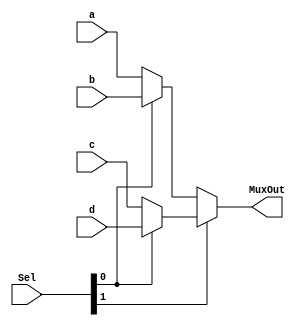
/**
 * @file    lab6.v
 * @author  Jesus Minjares
 * @date    2022-03-25
 * @brief   
 */
`timescale 1ns / 1ps

//Mux 
module Mux(
    input [1:0] Sel,
    input [7:0] a,
    input [7:0] b,
    input [7:0] c,
    input [7:0] d,
    output [7:0] MuxOut 
    );
    assign MuxOut = Sel[1] ? (Sel[0] ?  d : c ) : (Sel[0] ?  b : a) ;
endmodule

//D-Flip-Flop
module DFlipFlop(
    input D, Clk,
    output reg Q
    );
    initial
        Q = 0;
    always @ (posedge Clk)
    begin   
        Q <= D;
    end
endmodule

// Register
module Reg(

    input [7:0]A,
    input Clk,
    output [7:0]D
    
    );
   //instantiate dff
   DFlipFlop dff0(.D(A[0]), .Clk(Clk), .Q(D[0]));
   DFlipFlop dff1(.D(A[1]), .Clk(Clk), .Q(D[1]));
   DFlipFlop dff2(.D(A[2]), .Clk(Clk), .Q(D[2]));
   DFlipFlop dff3(.D(A[3]), .Clk(Clk), .Q(D[3]));
   DFlipFlop dff4(.D(A[4]), .Clk(Clk), .Q(D[4]));
   DFlipFlop dff5(.D(A[5]), .Clk(Clk), .Q(D[5]));
   DFlipFlop dff6(.D(A[6]), .Clk(Clk), .Q(D[6]));
   DFlipFlop dff7(.D(A[7]), .Clk(Clk), .Q(D[7]));
  
endmodule

//XOR expression
module K0(                              
    input [7:0] R0, input [7:0] R1,
    output [7:0] out
);
    assign out = R0 ^ R1; 
endmodule

//OR expression
module K1(                             
    input [7:0] R0, input [7:0] R1,
    output [7:0] out
);
    assign out = R0 | R1;
endmodule

//NOR expression
module K2(
    input [7:0] R0, input [7:0] R1,
    output [7:0] out
);
    assign out = ~(R0 ^ R1);  
endmodule

//AND expression
module K3(
    input [7:0] R0, input [7:0] R1,
    output [7:0] out
);
    assign out = R0 & R1;
endmodule

//Lab 6 module
module Lab6( 
    input [7:0] A,
    input Clk,
    input [1:0] Sel,
    output [7:0] MuxOut
        );
   wire [7:0] fK0;
   wire [7:0] fK1;
   wire [7:0] fK2;
   wire [7:0] fK3;
   wire [7:0] fReg0;
   wire [7:0] fMux;
   wire [7:0] fReg1;
   
   //store mux
   assign MuxOut = fMux;
   
   //instantiate all connections 
   Reg reg0(.A(A), .Clk(Clk), .D(fReg0));
   Reg reg1(.A(fMux), .Clk(Clk), .D(fReg1));

   //instantiate all expressions
   K0 expr0(.R0(fReg0), .R1(fReg1), .out(fK0));
   K1 expr1(.R0(fReg0), .R1(fReg1), .out(fK1));
   K2 expr2(.R0(fReg0), .R1(fReg1), .out(fK2));
   K3 expr3(.R0(fReg0), .R1(fReg1), .out(fK3));
   
   Mux mux0(.Sel(Sel), .a(fK0), .b(fK1), .c(fK2), .d(fK3), .MuxOut(fMux));
           
endmodule